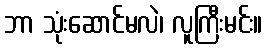
ဘာ သုံးဆောင်မလဲ၊ လူကြီးမင်း။